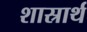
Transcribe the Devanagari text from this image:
शास्रार्थ